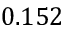
0 . 1 5 2